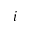
i